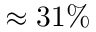
\approx 3 1 \%